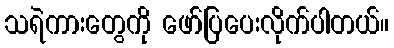
သရဲကားတွေကို ဖော်ပြပေးလိုက်ပါတယ်။